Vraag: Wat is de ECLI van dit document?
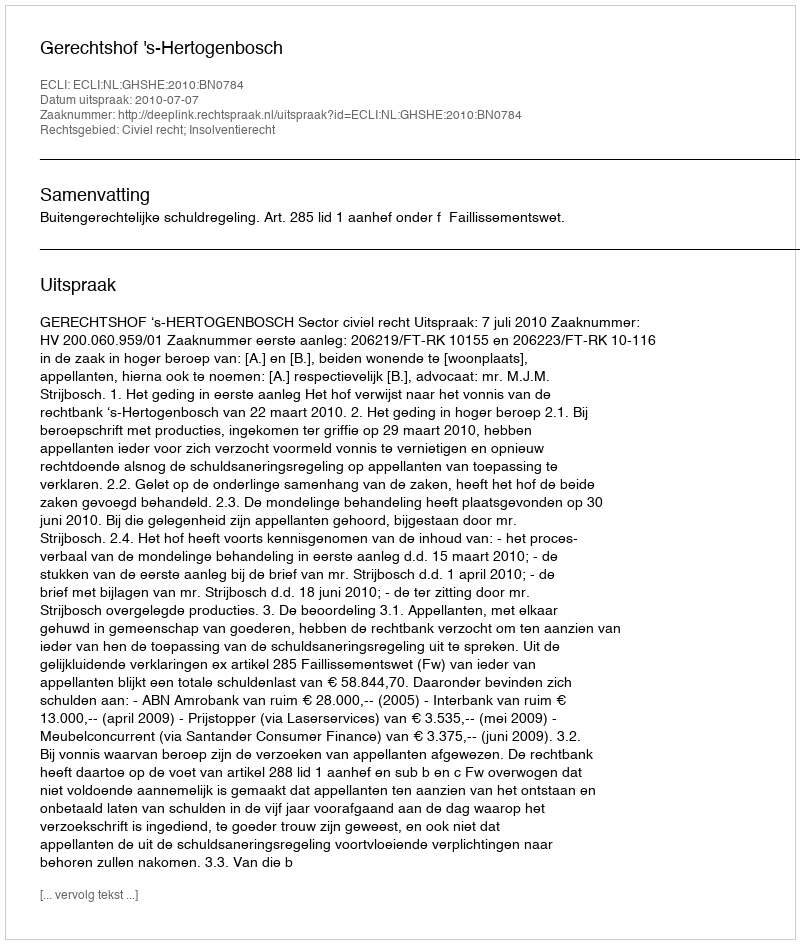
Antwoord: ECLI:NL:GHSHE:2010:BN0784